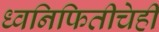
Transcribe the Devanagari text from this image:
ध्वनिफितीचेही